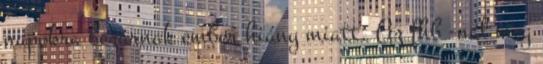
napokra bezárnak ember hiány miatt. Az fhb -nál meg